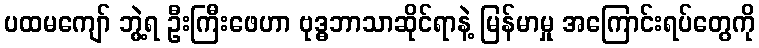
ပထမကျော် ဘွဲ့ရ ဦးကြီးဖေဟာ ဗုဒ္ဓဘာသာဆိုင်ရာနဲ့ မြန်မာမှု အကြောင်းရပ်တွေကို